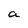
Character: a